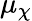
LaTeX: \mu_{\chi}